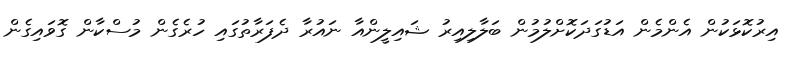
އިރުކޮޅަކުން އެންމެން އަޑުގަދަކޮށްލުމުން ބަލާލިއިރު ޝައިލީންއާ ނައުރާ ދެފަރާތުގައި ހުރެގެން މުސްކާން ގޮވައިގެން